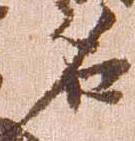
名